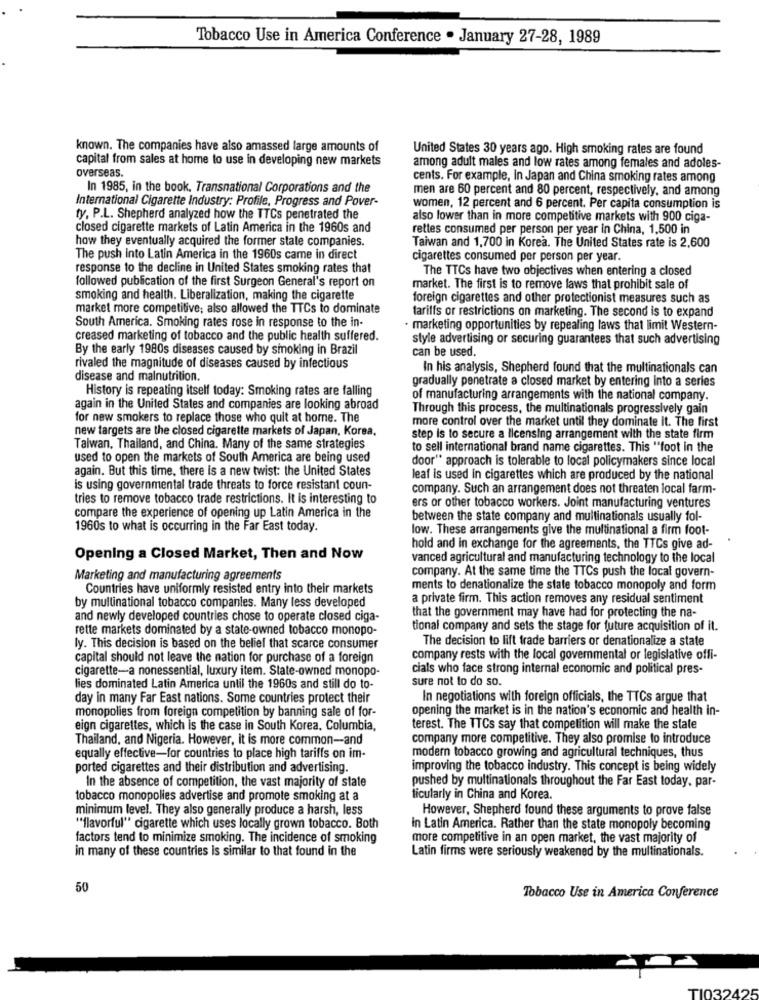
Tobacco Use in America Conference . January 27-28, 1989
known. The companies have also amassed large amounts of
United States 30 years ago. High smoking rates are found
capital from sales at home to use in developing new markets
overseas.
among adult males and low rates among females and adoles-
cents. For example, In Japan and China smoking rates among
In 1985, in the book. Transnational Corporations and the
men are 60 percent and 80 percent, respectively, and among
International Cigarette Industry: Profile, Progress and Pover-
women, 12 percent and 6 percent. Per capita consumption is
ty. P.L. Shepherd analyzed how the TTCs penetrated the
also lower than in more competitive markets with 900 ciga-
closed cigarette markets of Latin America in the 1960s and
rettes consumed per person per year in China, 1,500 in
how they eventually acquired the former state companies.
Taiwan and 1,700 in Korea. The United States rate is 2,600
The push into Latin America in the 1960s came in direct
cigarettes consumed per person per year.
response to the decline in United States smoking rates that
The TTCs have two objectives when entering a closed
followed publication of the first Surgeon General's report on
market. The first is to remove laws that prohibit sale of
smoking and health. Liberalization, making the cigarette
foreign cigarettes and other protectionist measures such as
market more competitive; also allowed the TTCs to dominate
tariffs or restrictions on marketing. The second is to expand
South America. Smoking rates rose in response to the in-
· marketing opportunities by repealing laws that limit Western-
creased marketing of tobacco and the public health suffered.
style advertising or securing guarantees that such advertising
By the early 1980s diseases caused by smoking in Brazil
can be used.
rivaled the magnitude of diseases caused by infectious
In his analysis, Shepherd found that the multinationals can
disease and malnutrition.
gradually penetrate a closed market by entering into a series
History is repeating itself today: Smoking rates are falling
of manufacturing arrangements with the national company.
again in the United States and companies are looking abroad
Through this process, the multinationals progressively gain
for new smokers to replace those who quit at home. The
more control over the market until they dominate it. The first
new targets are the closed cigarette markets of Japan, Korea,
step is to secure a licensing arrangement with the state firm
Taiwan, Thailand, and China. Many of the same strategies
to sell international brand name cigarettes. This "foot in the
used to open the markets of South America are being used
door" approach is tolerable to local policymakers since local
again. But this time, there is a new twist: the United States
leaf is used in cigarettes which are produced by the national
is using governmental trade threats to force resistant coun-
company. Such an arrangement does not threaten local farm-
tries to remove tobacco trade restrictions. It is interesting to
ers or other tobacco workers. Joint manufacturing ventures
compare the experience of opening up Latin America in the
between the state company and multinationals usually fol-
1960s to what is occurring in the Far East today.
low. These arrangements give the multinational a firm foot-
hold and in exchange for the agreements, the TTCs give ad-
Opening a Closed Market, Then and Now
vanced agricultural and manufacturing technology to the local
company. At the same time the TTCs push the local govern-
Marketing and manufacturing agreements
Countries have uniformly resisted entry into their markets
ments to denationalize the state tobacco monopoly and form
by multinational tobacco companies. Many less developed
a private firm. This action removes any residual sentiment
and newly developed countries chose to operate closed ciga-
that the government may have had for protecting the na-
rette markets dominated by a state-owned tobacco monopo-
tional company and sets the stage for future acquisition of it.
The decision to lift trade barriers or denationalize a state
ly. This decision is based on the belief that scarce consumer
capital should not leave the nation for purchase of a foreign
company rests with the local governmental or legislative offi-
cigarette-a nonessential, luxury item. State-owned monopo-
cials who face strong internal economic and political pres-
sure not to do so.
lies dominated Latin America until the 1960s and still do to-
day in many Far East nations. Some countries protect their
In negotiations with foreign officials, the TTCs argue that
monopolies from foreign competition by banning sale of for-
opening the market is in the nation's economic and health in-
eign cigarettes, which is the case in South Korea, Columbia,
terest. The TTCs say that competition will make the state
Thailand, and Nigeria. However, it is more common-and
company more competitive. They also promise to introduce
equally effective-for countries to place high tariffs on im-
modern tobacco growing and agricultural techniques, thus
ported cigarettes and their distribution and advertising.
improving the tobacco industry. This concept is being widely
In the absence of competition, the vast majority of state
pushed by multinationals throughout the Far East today, par-
tobacco monopolies advertise and promote smoking at a
ticularly in China and Korea.
minimum level. They also generally produce a harsh, less
However, Shepherd found these arguments to prove false
"flavorful" cigarette which uses locally grown tobacco. Both
in Latin America. Rather than the state monopoly becoming
factors tend to minimize smoking. The incidence of smoking
more competitive in an open market, the vast majority of
in many of these countries is similar to that found in the
Latin firms were seriously weakened by the multinationals.
50
Tobacco Use in America Conference
TI032425